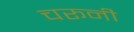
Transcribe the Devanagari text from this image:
चरूनी